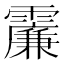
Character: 𩆌